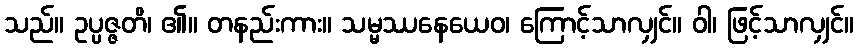
သည်။ ဥပ္ပဇ္ဇတိ၊ ၏။ တနည်းကား။ သမ္မဿနေယေဝ၊ ကြောင့်သာလျှင်။ ဝါ၊ ဖြင့်သာလျှင်။